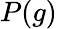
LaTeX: P(g)